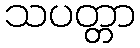
သပတ္တာ